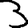
Digit: 3